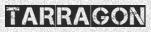
TARRAGON